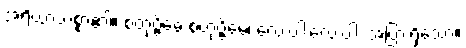
အရိယာသစ္စာ၏။ စတုဗ္ဗိဓေ စတုဗ္ဗိဓေ၊ လေးပါးလေးပါး အပြားရှိသော။